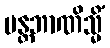
မန္တဘာဏိသ္မိံ